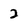
Character: 2